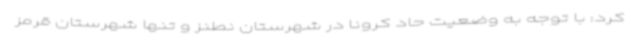
کرد: با توجه به وضعیت حاد کرونا در شهرستان نطنز و تنها شهرستان قرمز